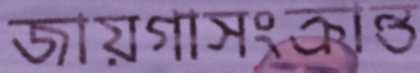
জায়গাসংক্রান্ত